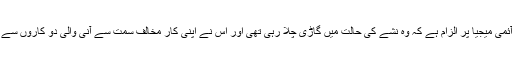
21 سالہ آئمی میجیا پر الزام ہے کہ وہ نشے کی حالت میں گاڑی چلا رہی تھی اور اس نے اپنی کار مخالف سمت سے آنی والی دو کاروں سے ٹکرا دی۔